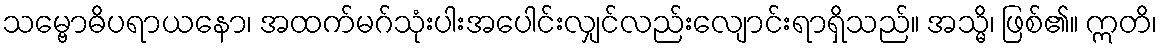
သမ္ဗောဓိပရာယနော၊ အထက်မဂ်သုံးပါးအပေါင်းလျှင်လည်းလျောင်းရာရှိသည်။ အသ္မိ၊ ဖြစ်၏။ ဣတိ၊